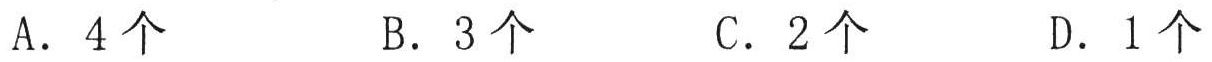
A. \(4\)个
B. \(3\)个
C. \(2\)个
D. \(1\)个